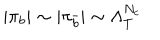
| \pi _ { b } | \sim | \pi _ { \bar { b } } | \sim \Lambda _ { T } ^ { N _ { c } }